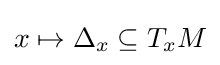
x\mapsto \Delta _{x}\subseteq T_{x}M